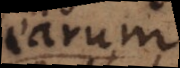
earum